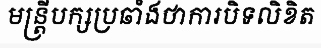
មន្ត្រីបក្សប្រឆាំងថាការបិទលិខិត